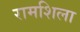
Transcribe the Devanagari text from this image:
रामशिला